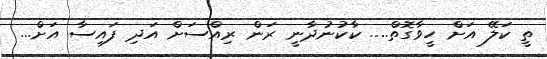
ތީ ކަލޭ އަށް ހީވާގޮތް.... ކާކުނުދާނީ ރަން ރިއްސަށް އަދި ފައިސާ އަށް...